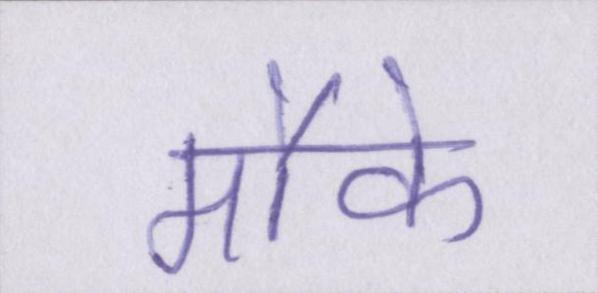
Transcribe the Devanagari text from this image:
मौके